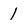
Character: 1